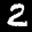
Label: 2